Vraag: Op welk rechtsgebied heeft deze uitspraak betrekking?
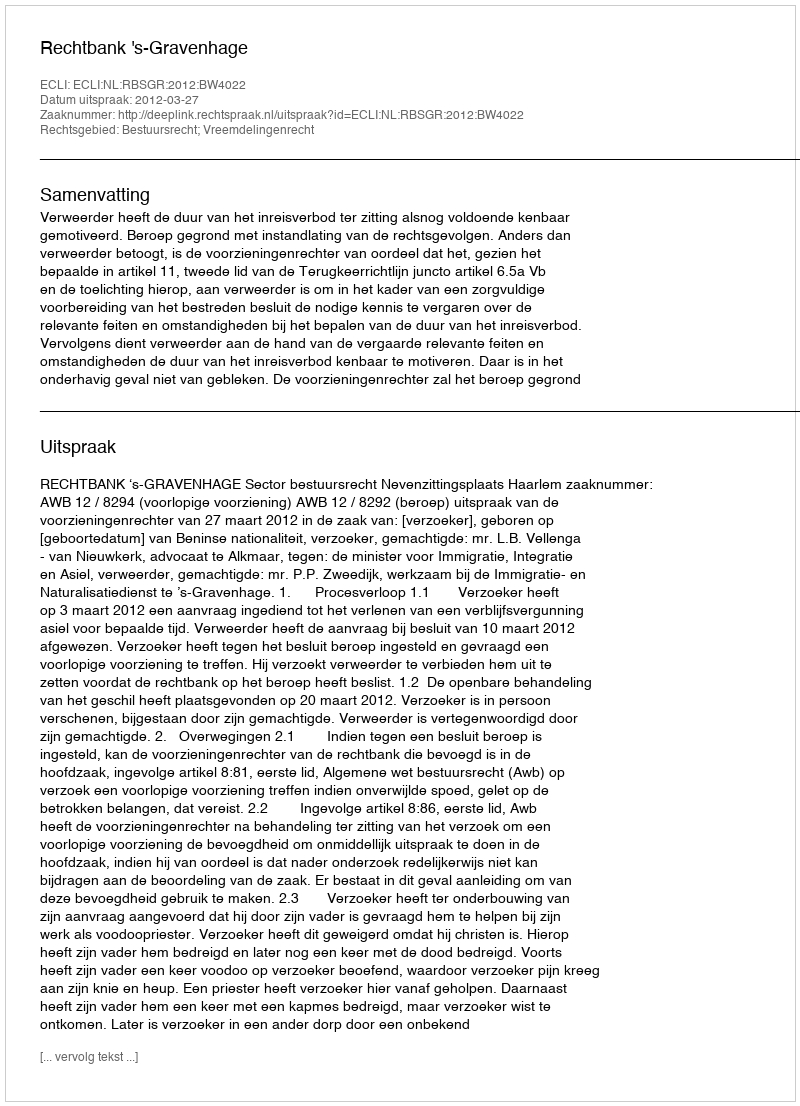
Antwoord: Bestuursrecht; Vreemdelingenrecht